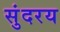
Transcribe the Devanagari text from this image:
सुंदरय